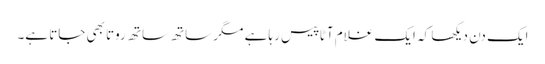
ایک دن دیکھا کہ ایک غلام آٹا پیس رہا ہے مگر ساتھ ساتھ روتا بھی جاتا ہے۔